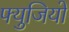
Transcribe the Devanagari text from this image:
फ्युजियो